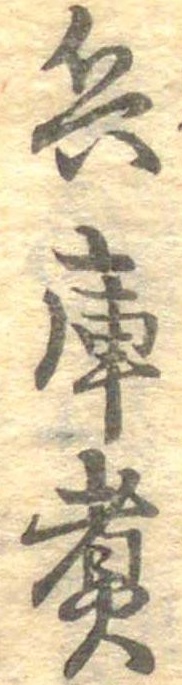
兵庫煮